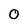
Character: 0